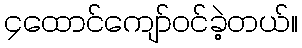
၄ထောင်ကျော်ဝင်ခဲ့တယ်။